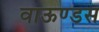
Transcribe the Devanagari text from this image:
वाऊण्डस